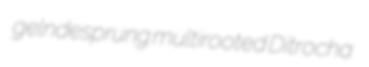
gelndesprung multirooted Ditrocha